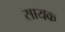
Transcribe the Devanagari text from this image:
सायक